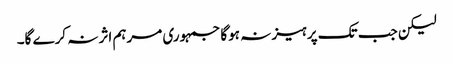
لیکن جب تک پرہیز نہ ہوگا جمہوری مرہم اثر نہ کرے گا۔